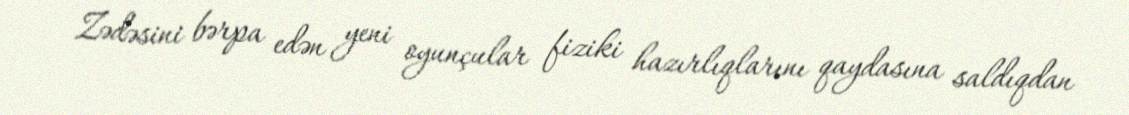
Zədəsini bərpa edən yeni oyunçular fiziki hazırlıqlarını qaydasına saldıqdan